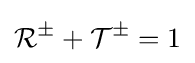
{\mathcal {R}}^{\pm }+{\mathcal {T}}^{\pm }=1